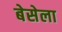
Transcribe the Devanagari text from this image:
बेसेला